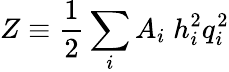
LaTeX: Z\equiv\frac{1}{2}\sum_{i}A_{i}\; h_{i}^{2}q_{i}^{2}